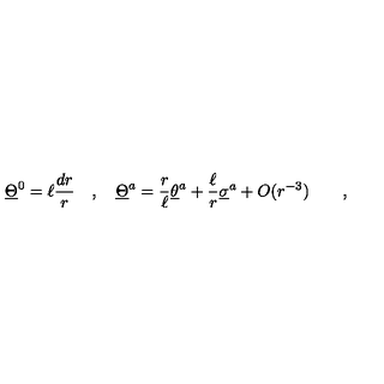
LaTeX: \underline { { \Theta } } ^ { 0 } = \ell { \frac { d r } { r } } \quad , \quad \underline { { \Theta } } ^ { a } = { \frac { r } { \ell } } \underline { { \theta } } ^ { a } + { \frac { \ell } { r } } \underline { { \sigma } } ^ { a } + O ( r ^ { - 3 } ) \qquad ,